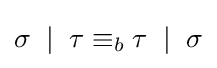
\sigma \;\mid \;\tau \equiv _{b}\tau \;\mid \;\sigma